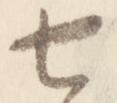
七